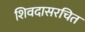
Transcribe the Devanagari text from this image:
शिवदासरचित